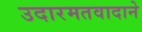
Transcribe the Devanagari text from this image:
उदारमतवादाने